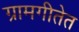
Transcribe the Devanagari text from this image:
ग्रामगीतेत